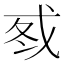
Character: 𰒦